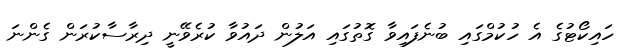
ހައިކޯޓުގެ އެ ހުކުމްގައި ބުނެފައިވާ ގޮތުގައި އަލުން ދައުވާ ކުރެވޭނީ ދިރާސާކުރަން ގެންނަ